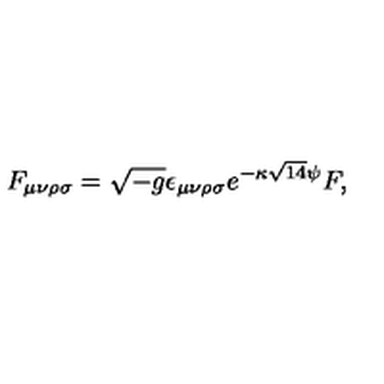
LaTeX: { F _ { \mu \nu \rho \sigma } = \sqrt { - g } \epsilon _ { \mu \nu \rho \sigma } e ^ { - \kappa \sqrt { 1 4 } \psi } F , }